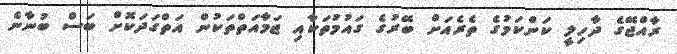
ރާއްޖޭގެ ދާހިލީ ކަންކަމުގެ ތެރެއަށް ބޭރުގެ ގައުމުތަކާއި ޖަމާއަތްތަކުން އަތްގަދަކޮށް ބަސް ބުނާނެ